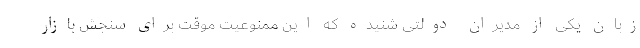
زبان یکی از مدیران دولتی شنیده که این ممنوعیت موقت برای سنجش بازار